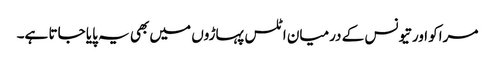
مراکو اور تیونس کے درمیان اٹلس پہاڑوں میں بھی یہ پایا جاتا ہے۔